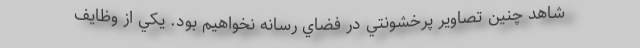
شاهد چنين تصاوير پرخشونتي در فضاي رسانه نخواهيم بود. يكي از وظايف